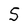
Character: S